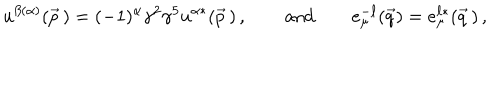
u ^ { \beta ( \alpha ) } ( \vec { p } \, ) = ( - 1 ) ^ { \alpha } \gamma ^ { 2 } \gamma ^ { 5 } u ^ { \alpha * } ( \vec { p } \, ) \, , \qquad \mathrm { a n d } \qquad e _ { \mu } ^ { - \ell } ( \vec { q } ) = e _ { \mu } ^ { \ell * } ( \vec { q } \, ) \, ,